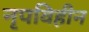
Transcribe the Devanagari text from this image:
नृपविहीन